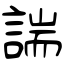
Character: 諯